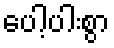
ပေါ့ပါးစွာ